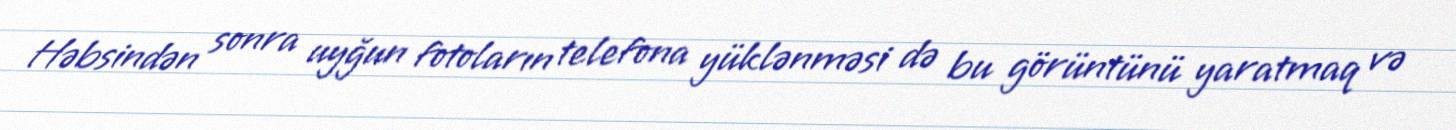
Həbsindən sonra uyğun fotoların telefona yüklənməsi də bu görüntünü yaratmaq və